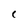
Character: C